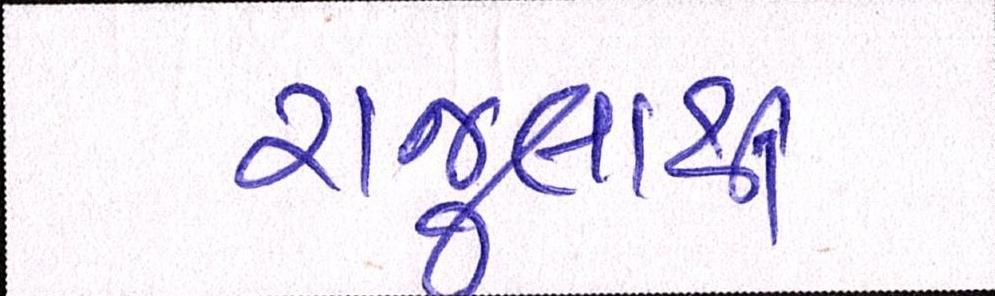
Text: રાજુલાથી